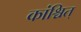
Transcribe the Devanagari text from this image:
कांश्चित्